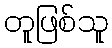
တူဖြစ်သူ